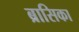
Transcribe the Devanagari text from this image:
ब्रासिका